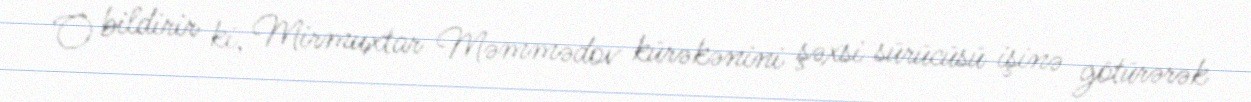
O bildirir ki, Mirmuxtar Məmmədov kürəkənini şəxsi sürücüsü işinə götürərək